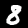
Label: 8